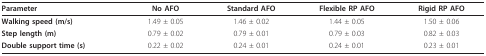
<table><thead><tr><td><b>Parameter</b></td><td><b>No AFO</b></td><td><b>Standard AFO</b></td><td><b>Flexible RP AFO</b></td><td><b>Rigid RP AFO</b></td></tr></thead><tbody><tr><td><b>Walking speed (m/s)</b></td><td>1.49 ± 0.05</td><td>1.46 ± 0.02</td><td>1.44 ± 0.05</td><td>1.50 ± 0.06</td></tr><tr><td><b>Step length (m)</b></td><td>0.79 ± 0.02</td><td>0.79 ± 0.01</td><td>0.79 ± 0.03</td><td>0.82 ± 0.03</td></tr><tr><td><b>Double support time (s)</b></td><td>0.22 ± 0.02</td><td>0.24 ± 0.01</td><td>0.24 ± 0.01</td><td>0.23 ± 0.01</td></tr></tbody></table>